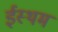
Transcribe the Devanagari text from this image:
ईस्थम